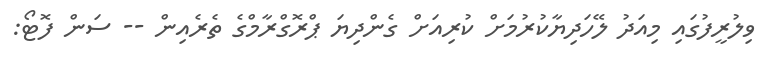
ވިލުރީފުގައި މިއަދު ލޭހަދިޔާކުރުމަށް ކުރިއަށް ގެންދިޔަ ޕްރޮގްރާމްގެ ތެރެއިން -- ސަން ފޮޓޯ: